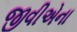
જીવીએના